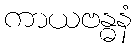
ကာယဗန္ဓနံ